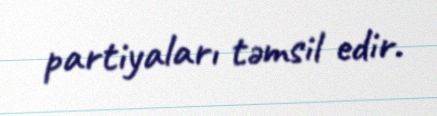
partiyaları təmsil edir.